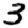
Digit: 3